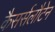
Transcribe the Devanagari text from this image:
कैसर्सलौटेन